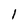
Character: 1